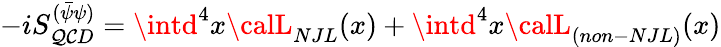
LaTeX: -iS_{\mathcal{Q}\mathcal{C}D}^{(\bar{{\psi}}\psi)}=\intd^{4}x{\calL}_{NJL}(x)+\intd^{4}x{\calL}_{(non-NJL)}(x)